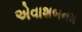
એવાશબનમ